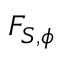
F _ { S , \phi }